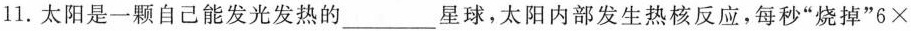
11.太阳是一颗自己能发光发热的___星球，太阳内部发生热核反应，每秒”烧掉”6×